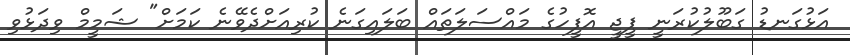
އަޅުގަނޑު ގަބޫލުކުރަނީ ޕީޖީ އޮފީހުގެ މައްސަލަތައް ބަލައިގަނެ ކުރިއަށްދެވޭނެ ކަމަށް" ޝަމީމް ވިދަޅުވި